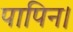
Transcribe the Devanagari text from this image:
पापिन।